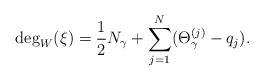
LaTeX: \begin{align*}\deg_W(\xi) = {1\over 2}N_\gamma+\sum_{j=1}^N(\Theta_\gamma^{(j)}-q_j).\end{align*}